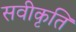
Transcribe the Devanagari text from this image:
सवीकृति